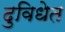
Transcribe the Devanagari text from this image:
दुविधेत